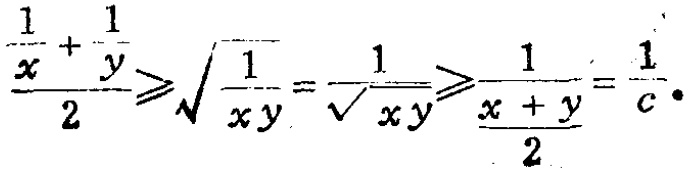
\frac{\frac{1}{x}+\frac{1}{y}}{2}\geqslant\sqrt{\frac{1}{xy}}=\frac{1}{\sqrt{xy}}\geqslant\frac{1}{\frac{x + y}{2}}=\frac{1}{c}